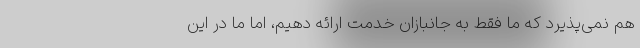
هم نمی‌پذیرد که ما فقط به جانبازان خدمت ارائه دهیم، اما ما در این